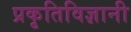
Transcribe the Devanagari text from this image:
प्रकृतिविज्ञानी